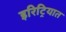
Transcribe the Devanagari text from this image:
इरिट्रियात